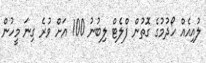
ލުއިއެއް ހޯދުމުގެ ގޮތުން ފްލެޓް ލިބުނު 100 އަށް ވުރެ ގިނަ މީހުން